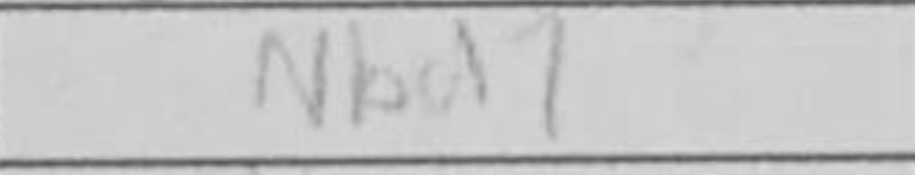
Transcription: Nbd7